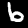
Digit: 6